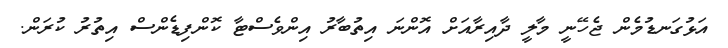
އަޅުގަނޑުމެން ޖެހޭނީ މާލީ ދާއިރާއަށް އޮންނަ އިތުބާރު އިންވެސްޓާ ކޮންފިޑެންސް އިތުރު ކުރަން.